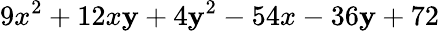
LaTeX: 9x^{2}+12x\mathbf{y}+4\mathbf{y}^{2}-54x-36\mathbf{y}+72